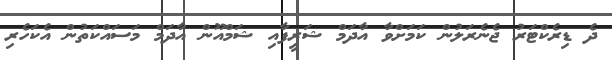
ދެ ޑިރެކްޓަރު ޖެނެރަލުން ކަމަށްވާ އާދަމް ޝަރީފާއި ޝަމްއޫން އާދަމް މަސައްކަތުން އެކަހެރި